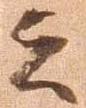
云